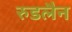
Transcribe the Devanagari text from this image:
रुडलैन